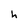
Character: h